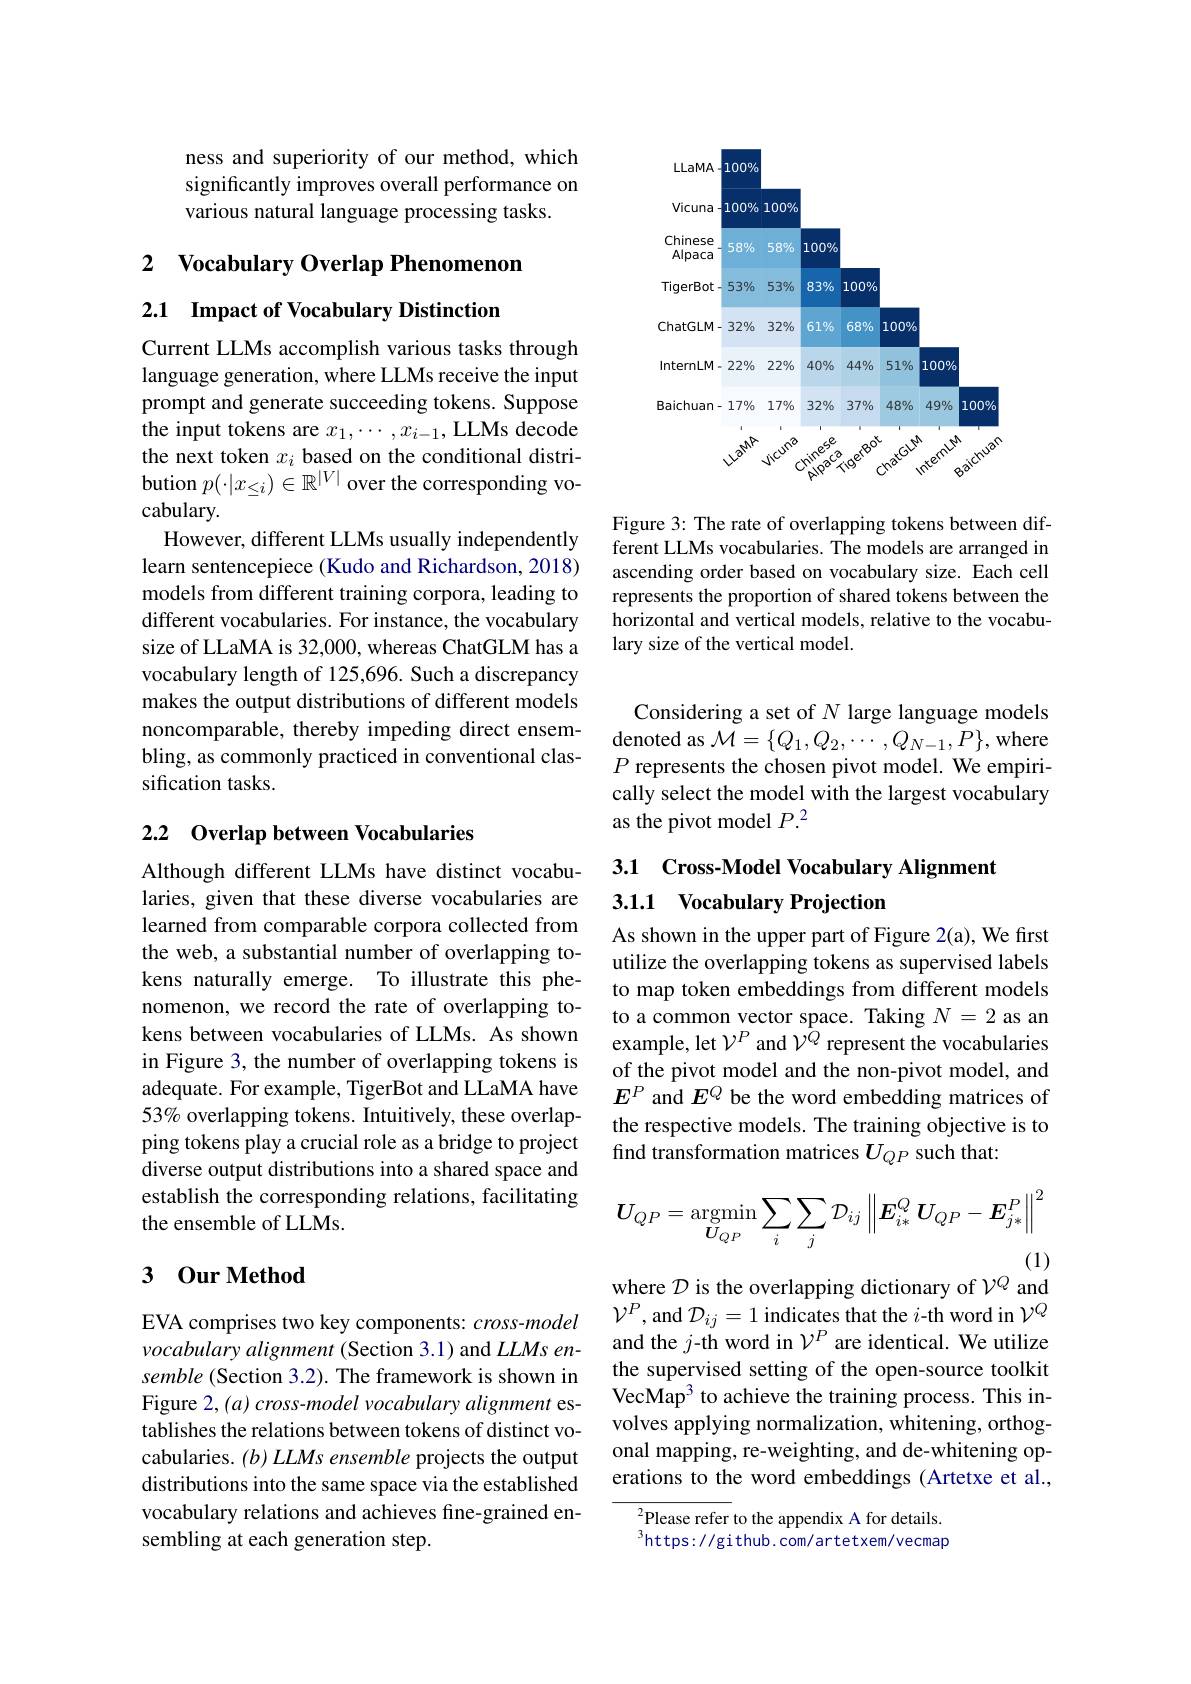
ness and superiority of our method, which significantly improves overall performance on various natural language processing tasks.

2 Vocabulary Overlap Phenomenon

2.1 Impact of Vocabulary Distinction

Current LLMs accomplish various tasks through language generation, where LLMs receive the input prompt and generate succeeding tokens. Suppose the input tokens are $x_1,\cdots,x_{i-1}$, LLMs decode the next token $x_i$ based on the conditional distribution $p(\cdot|x_{\leq i})\in\mathbb{R}^{|V|}$ over the corresponding vocabulary.
However, different LLMs usually independently learn sentencepiece (Kudo and Richardson, 2018) models from different training corpora, leading to different vocabularies. For instance, the vocabulary size of LLaMA is 32,000, whereas ChatGLM has a vocabulary length of 125,696. Such a discrepancy makes the output distributions of different models noncomparable, thereby impeding direct ensembling, as commonly practiced in conventional classification tasks.

## 2.2 Overlap between Vocabularies

Although different LLMs have distinct vocabularies, given that these diverse vocabularies are learned from comparable corpora collected from the web, a substantial number of overlapping tokens naturally emerge. To illustrate this phenomenon, we record the rate of overlapping tokens between vocabularies of LLMs. As shown in Figure 3, the number of overlapping tokens is adequate. For example, TigerBot and LLaMA have $53\%$ overlapping tokens. Intuitively, these overlapping tokens play a crucial role as a bridge to project diverse output distributions into a shared space and establish the corresponding relations, facilitating the ensemble of LLMs.

### 3 0ur Method

EVA comprises two key components: $cross-model$ vocabulary alignment (Section 3.1) and LLMs ensemble (Section 3.2). The framework is shown in Figure 2, (a) cross-model vocabulary alignment establishes the relations between tokens of distinct vocabularies. (b) LLMs ensemble projects the output distributions into the same space via the established vocabulary relations and achieves fine-grained ensembling at each generation step.

<FigureHere>

Figure 3: The rate of overlapping tokens between different LLMs vocabularies. The models are arranged in ascending order based on vocabulary size. Each cell represents the proportion of shared tokens between the horizontal and vertical models, relative to the vocabulary size of the vertical model.

Considering a set of $N$ large language models denoted as $\mathcal{M}=\{Q_{1},Q_{2},\cdots,Q_{N-1},P\}$,where $P$ represents the chosen pivot model. We empirically select the model with the largest vocabulary as the pivot model $P.^2$

## 3.1 Cross-Model Vocabulary Alignment 3.1.1 Vocabulary Projection

As shown in the upper part of Figure 2(a), We first utilize the overlapping tokens as supervised labels to map token embeddings from different models to a common vector space. Taking $N=2$ as an example, let $\mathcal{V}^P$ and $\mathcal{V}^Q$ represent the vocabularies of the pivot model and the non-pivot model, and $E^P$ and $E^Q$ be the word embedding matrices of the respective models. The training objective is to find transformation matrices $U_{QP}$ such that:
$$U_{QP}=\underset{U_{QP}}{\mathrm{argmin}}\sum_{i}\sum_{j}\mathcal{D}_{ij}\left\|\boldsymbol{E}_{i*}^{Q}\:\boldsymbol{U}_{QP}-\boldsymbol{E}_{j*}^{P}\right\|^{2}$$
(1)

where $\mathcal{D}$ is the overlapping dictionary of $\mathcal{V}^Q$ and

$\mathcal{V}^{P}$, and $\mathcal{D}_ij=1$ indicates that the $i$-th word in $\mathcal{V}^Q$ and the $j$-th word in $\mathcal{V}^P$ are identical. We utilize the supervised setting of the open-source toolkit VecMap$^3$ to achieve the training process. This involves applying normalization, whitening, orthogonal mapping, re-weighting, and de-whitening operations to the word embeddings (Artetxe et al.,

${}_{2}$Please refer to the appendix A for details. $^{3}$https://github.com/artetxem/vecmap